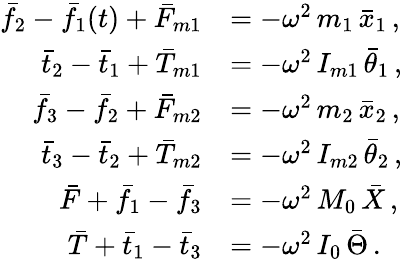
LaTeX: \begin{array}{rl}{\bar{f}_{2}-\bar{f}_{1}(t)+\bar{F}_{m1}}&{=-\omega^{2}\, m_{1}\, \bar{x}_{1}\, ,}\\ {\bar{t}_{2}-\bar{t}_{1}+\bar{T}_{m1}}&{=-\omega^{2}\, I_{m1}\, \bar{\theta}_{1}\, ,}\\ {\bar{f}_{3}-\bar{f}_{2}+\bar{F}_{m2}}&{=-\omega^{2}\, m_{2}\, \bar{x}_{2}\, ,}\\ {\bar{t}_{3}-\bar{t}_{2}+\bar{T}_{m2}}&{=-\omega^{2}\, I_{m2}\, \bar{\theta}_{2}\, ,}\\ {\bar{F}+\bar{f}_{1}-\bar{f}_{3}}&{=-\omega^{2}\, M_{0}\, \bar{X}\, ,}\\ {\bar{T}+\bar{t}_{1}-\bar{t}_{3}}&{=-\omega^{2}\, I_{0}\, \bar{\Theta}\, .}\end{array}